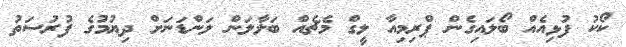
ކޯކު ފުޅިއެއް ބޯލައިގެން ޕްރިމިއާ ލީގް މެޗެއް ބަލާލަން ލަންޑަނަށް ދިޔުމުގެ ފުރުސަތު